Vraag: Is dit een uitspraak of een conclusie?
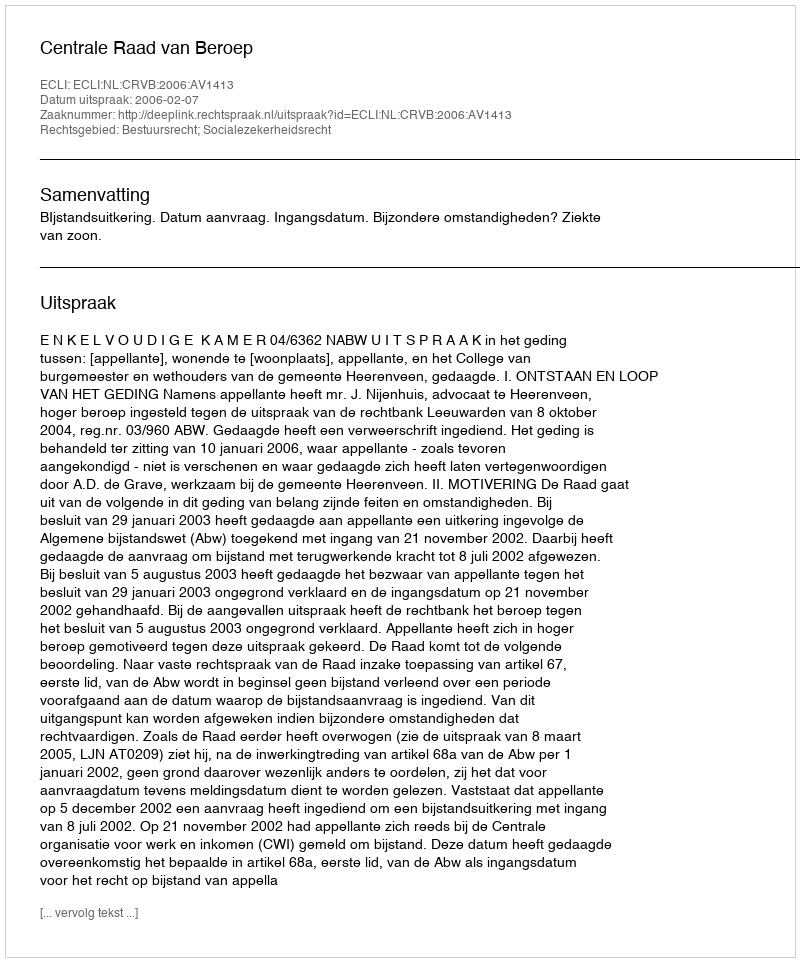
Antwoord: Uitspraak